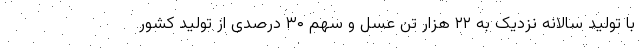
با تولید سالانه نزدیک به ۲۲ هزار تن عسل و سهم ۳۰ درصدی از تولید کشور